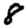
Digit: 8